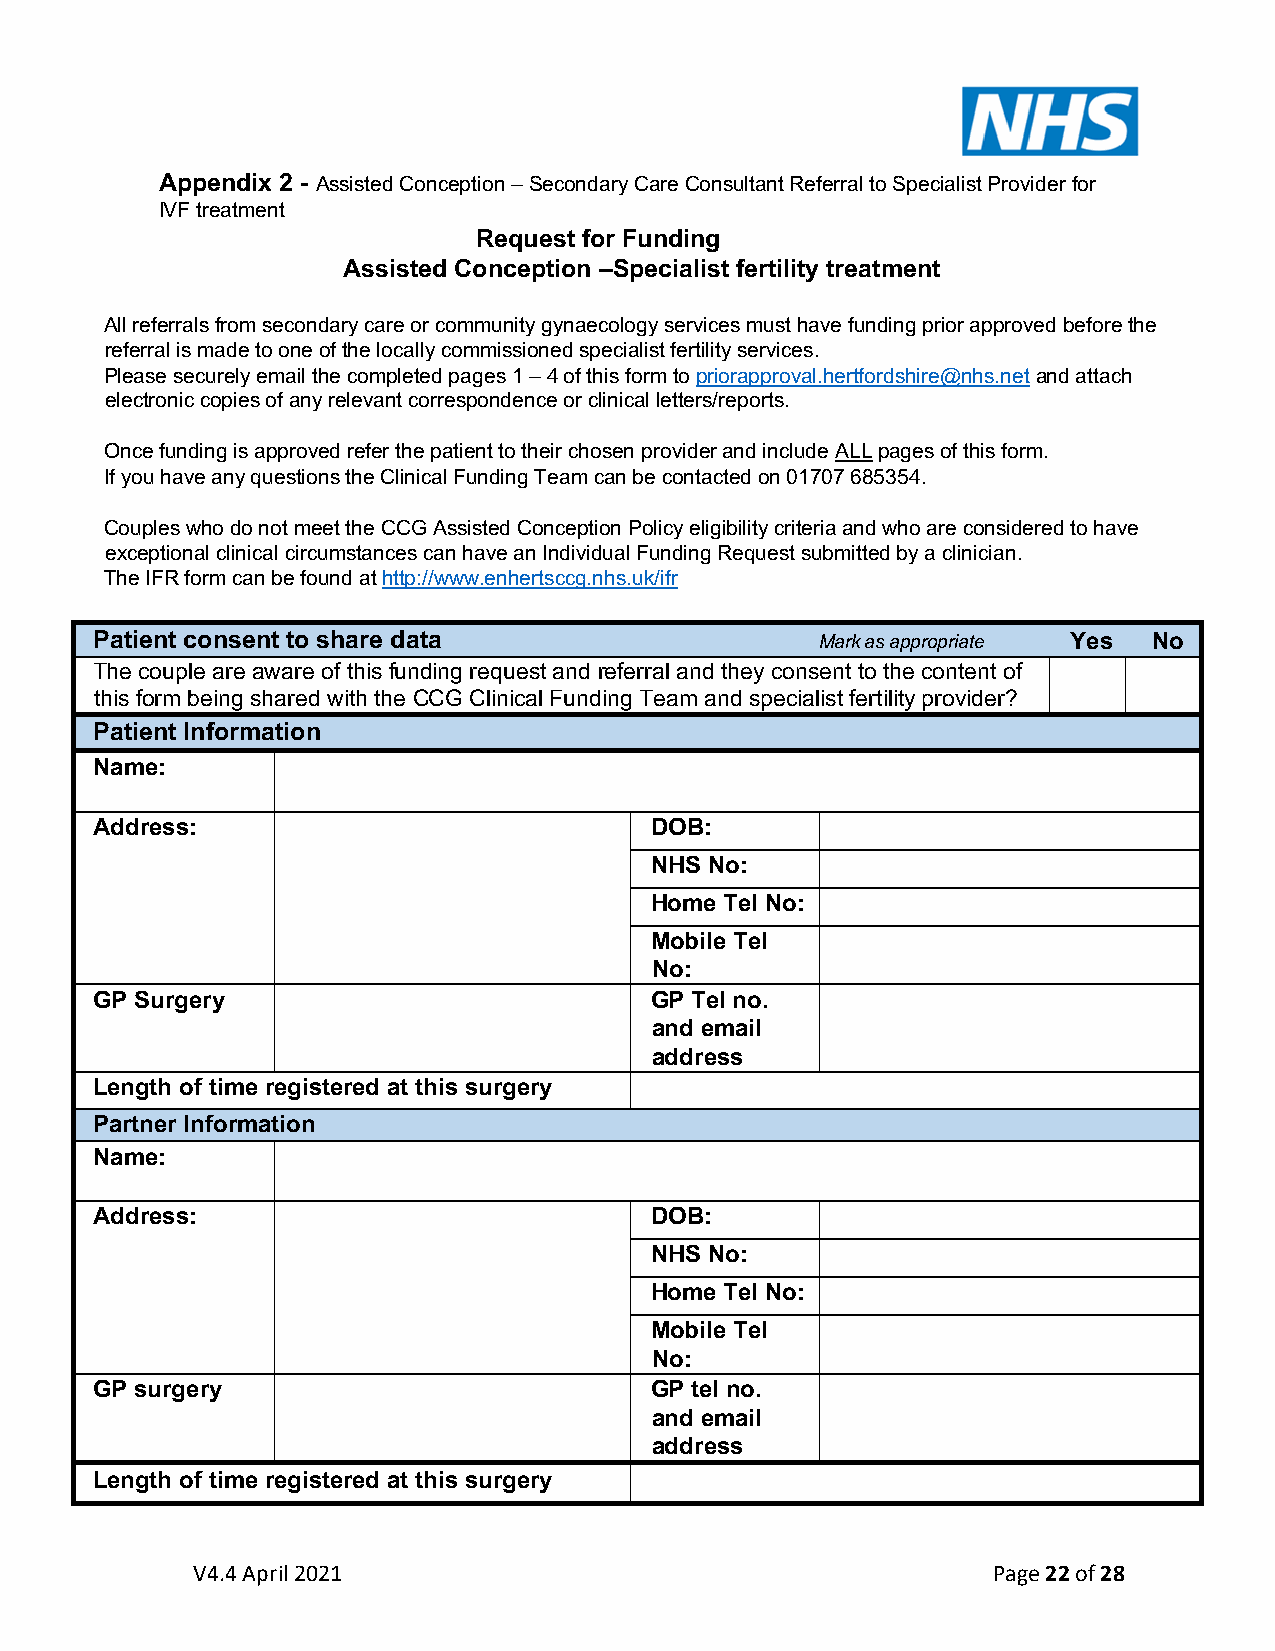
Appendix 2 - Assisted Conception – Secondary Care Consultant Referral to Specialist Provider for
 IVF treatment
 Request for Funding
 Assisted Conception –Specialist fertility treatment
 All referrals from secondary care or community gynaecology services must have funding prior approved before the
 referral is made to one of the locally commissioned specialist fertility services.
 Please securely email the completed pages 1 – 4 of this form to priorapproval.hertfordshire@nhs.net and attach
 electronic copies of any relevant correspondence or clinical letters/reports.
 Once funding is approved refer the patient to their chosen provider and include ALL pages of this form.
 If you have any questions the Clinical Funding Team can be contacted on 01707 685354.
 Couples who do not meet the CCG Assisted Conception Policy eligibility criteria and who are considered to have
 exceptional clinical circumstances can have an Individual Funding Request submitted by a clinician.
 The IFR form can be found at http://www.enhertsccg.nhs.uk/ifr
 Patient consent to share data                   Mark as appropriate Yes No
 The couple are aware of this funding request and referral and they consent to the content of
 this form being shared with the CCG Clinical Funding Team and specialist fertility provider?
 Patient Information
 Name:
 Address:                             DOB:
 NHS No:
 Home Tel No:
 Mobile Tel
 No:
 GP Surgery                           GP Tel no.
 and email
 address
 Length of time registered at this surgery
 Partner Information
 Name:
 Address:                             DOB:
 NHS No:
 Home Tel No:
 Mobile Tel
 No:
 GP surgery                           GP tel no.
 and email
 address
 Length of time registered at this surgery
 V4.4 April 2021                                      Page 22 of 28